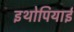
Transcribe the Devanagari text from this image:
इथोपियाई